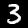
Digit: 3